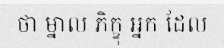
ថា ម្នាល ភិក្ខុ អ្នក ដែល